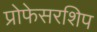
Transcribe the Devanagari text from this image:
प्रोफेसरशिप